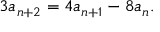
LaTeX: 3 a _ { n + 2 } = 4 a _ { n + 1 } - 8 a _ { n } .